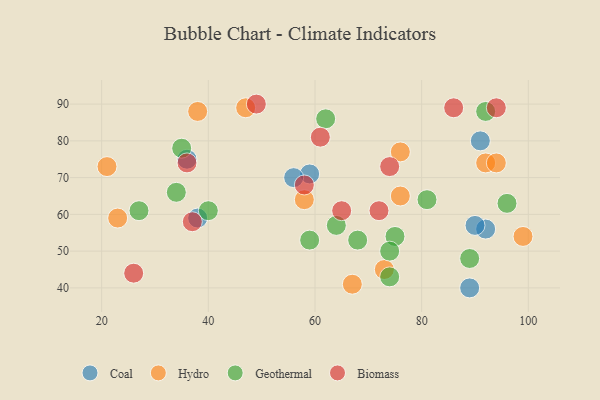
{"axis": {"x": "GDP", "y": "Life Expectancy"}, "legend": ["Biomass", "Coal", "Geothermal", "Hydro"], "data": [{"x": "92", "y": 56, "type": "Coal"}, {"x": "59", "y": 71, "type": "Coal"}, {"x": "91", "y": 80, "type": "Coal"}, {"x": "38", "y": 59, "type": "Coal"}, {"x": "56", "y": 70, "type": "Coal"}, {"x": "90", "y": 57, "type": "Coal"}, {"x": "36", "y": 75, "type": "Coal"}, {"x": "89", "y": 40, "type": "Coal"}, {"x": "21", "y": 73, "type": "Hydro"}, {"x": "73", "y": 45, "type": "Hydro"}, {"x": "23", "y": 59, "type": "Hydro"}, {"x": "58", "y": 64, "type": "Hydro"}, {"x": "76", "y": 65, "type": "Hydro"}, {"x": "92", "y": 74, "type": "Hydro"}, {"x": "94", "y": 74, "type": "Hydro"}, {"x": "38", "y": 88, "type": "Hydro"}, {"x": "76", "y": 77, "type": "Hydro"}, {"x": "99", "y": 54, "type": "Hydro"}, {"x": "47", "y": 89, "type": "Hydro"}, {"x": "67", "y": 41, "type": "Hydro"}, {"x": "89", "y": 48, "type": "Geothermal"}, {"x": "68", "y": 53, "type": "Geothermal"}, {"x": "34", "y": 66, "type": "Geothermal"}, {"x": "74", "y": 43, "type": "Geothermal"}, {"x": "75", "y": 54, "type": "Geothermal"}, {"x": "40", "y": 61, "type": "Geothermal"}, {"x": "92", "y": 88, "type": "Geothermal"}, {"x": "74", "y": 50, "type": "Geothermal"}, {"x": "64", "y": 57, "type": "Geothermal"}, {"x": "62", "y": 86, "type": "Geothermal"}, {"x": "81", "y": 64, "type": "Geothermal"}, {"x": "27", "y": 61, "type": "Geothermal"}, {"x": "96", "y": 63, "type": "Geothermal"}, {"x": "35", "y": 78, "type": "Geothermal"}, {"x": "59", "y": 53, "type": "Geothermal"}, {"x": "58", "y": 68, "type": "Biomass"}, {"x": "37", "y": 58, "type": "Biomass"}, {"x": "94", "y": 89, "type": "Biomass"}, {"x": "49", "y": 90, "type": "Biomass"}, {"x": "26", "y": 44, "type": "Biomass"}, {"x": "72", "y": 61, "type": "Biomass"}, {"x": "86", "y": 89, "type": "Biomass"}, {"x": "74", "y": 73, "type": "Biomass"}, {"x": "36", "y": 74, "type": "Biomass"}, {"x": "65", "y": 61, "type": "Biomass"}, {"x": "61", "y": 81, "type": "Biomass"}]}